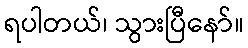
ရပါတယ်၊ သွားပြီနော်။